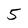
Character: 5